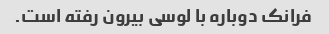
فرانک دوباره با لوسی بیرون رفته است.